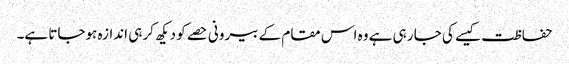
حفاظت کیسے کی جا رہی ہے وہ اس مقام کے بیرونی حصے کو دیکھ کر ہی اندازہ ہوجاتا ہے۔